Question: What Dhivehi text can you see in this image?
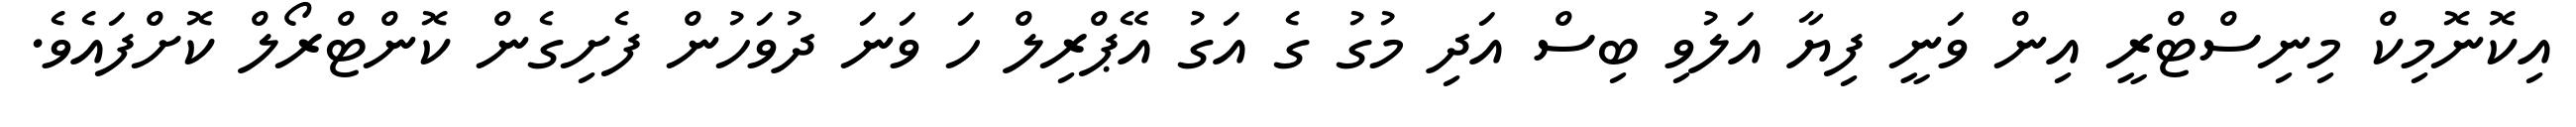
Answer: އިކޮނޮމިކް މިނިސްޓްރީ އިން ވަނީ ފިޔާ އަލުވި ބިސް އަދި މުގު ގެ އަގު އޭޕްރިލް ހަ ވަނަ ދުވަހުން ފެށިގެން ކޮންޓްރޯލް ކޮށްފައެވެ.